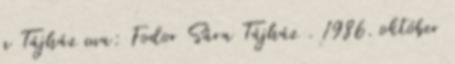
a Tájház ma: Fodor Sára Tájház . 1986. október